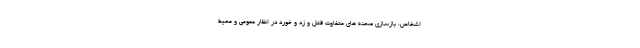
اشخاص، بازسازی صحنه های متفاوت قتل و زد و خورد در انظار عمومی و محیط